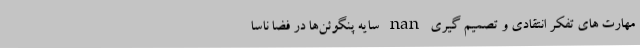
مهارت های تفکر انتقادی و تصمیم گیری nan سایه پنگوئن‌ها در فضا ناسا